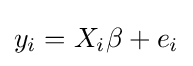
y_{i}=X_{i}\beta +e_{i}